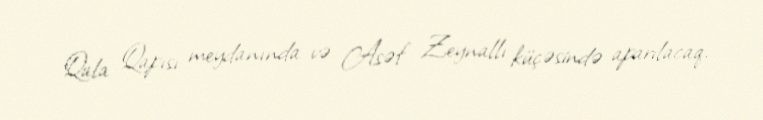
Qala Qapısı meydanında və Asəf Zeynallı küçəsində aparılacaq.